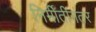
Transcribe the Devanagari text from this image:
निर्मीतीनंतर